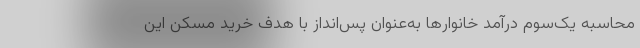
محاسبه یک‌سوم درآمد خانوارها به‌عنوان پس‌انداز با هدف خرید مسکن این